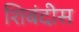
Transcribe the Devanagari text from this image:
शिबंदीस